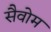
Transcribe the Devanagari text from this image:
सैवोम